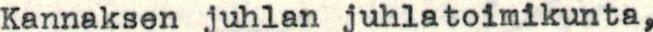
Kannaksen juhlan juhlatoimikunta,